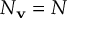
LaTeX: N _ { \mathbf { v } } = N